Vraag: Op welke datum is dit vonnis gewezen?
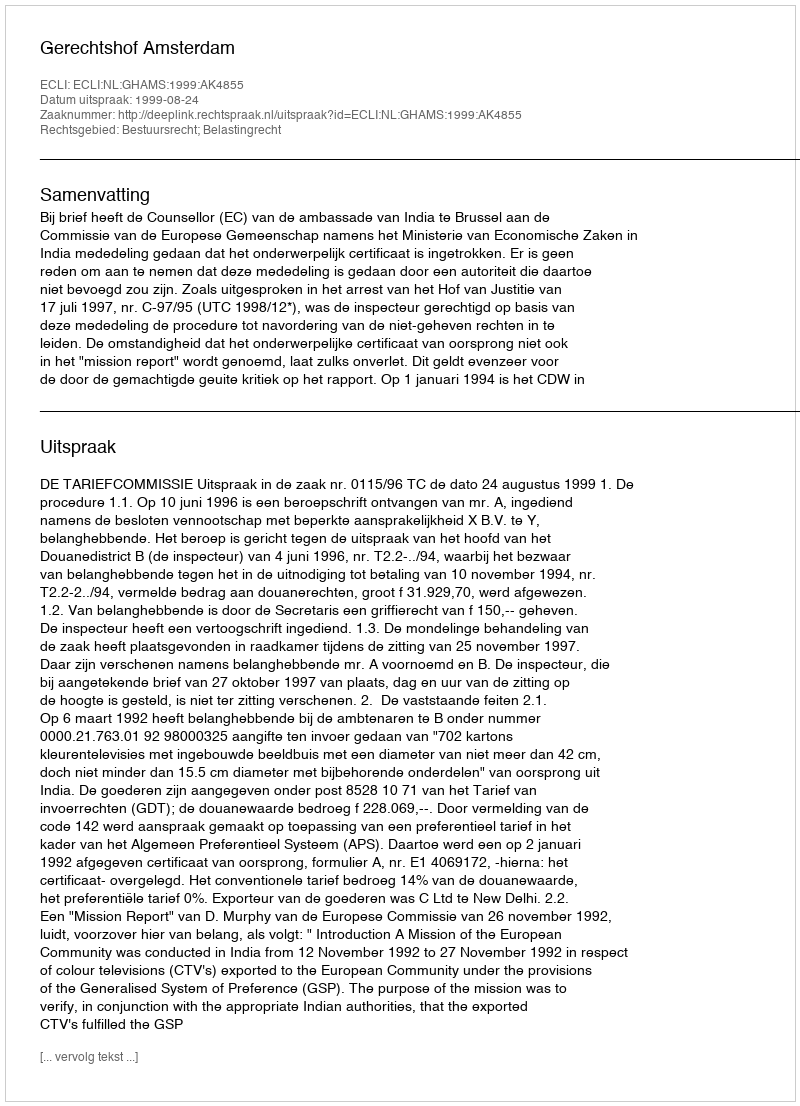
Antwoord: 1999-08-24